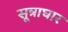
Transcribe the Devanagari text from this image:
सूत्राघार